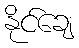
နိုင်ချေ